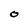
Character: O